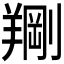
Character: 𫅙